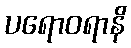
ပရောဝရာနိ